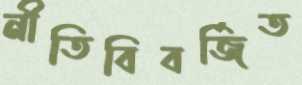
নীতিবিবর্জিত